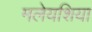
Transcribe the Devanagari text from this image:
मलेयशिया